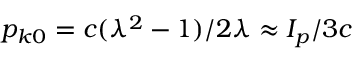
p _ { k 0 } = c ( \lambda ^ { 2 } - 1 ) / 2 \lambda \approx I _ { p } / 3 c